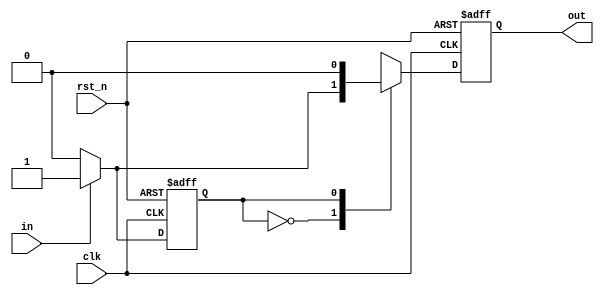
module hw2_A (
				input in,
				input clk,
				input rst_n,
				output reg out
			 );
parameter S0 = 0;
parameter S1 = 1;
reg state, nextState;
reg tmp_out;
always @(posedge clk or negedge rst_n) begin
	if (~rst_n) begin
		state <= S0;
	end else begin
		state <= nextState;
	end // end of if-else block
end // end of always

// next state
always @(*) begin
	case (state) 
		S0: begin 				// previous input is 0
			if (in == 0) begin	// 0 -> 0 => 0
				nextState <= 0;
			end else begin		// 0 -> 1 => 1
				nextState <= 1;
			end
		end
		S1: begin				// previous input is 1
			if (in == 0) begin	// 1 -> 0 => 0
				nextState <= 0;
			end else begin		// 1 -> 1 => 0;
				nextState <= 1;
			end
		end
	endcase
end

// output
always @(*) begin
	case (state)
		S0: begin 				// previous input is 0
			if (in == 0) begin	// 0 -> 0 => 0
				tmp_out <= 0;
			end else begin		// 0 -> 1 => 1
				tmp_out <= 1;
			end
		end
		S1: begin				// previous input is 1
			tmp_out <= 0;
		end
	endcase
end

always @(posedge clk or negedge rst_n) begin
	if(~rst_n) begin
		out <= 0;
	end else begin
		out <= tmp_out;
	end
end
endmodule